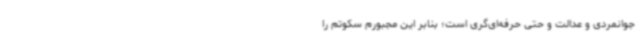
جوانمردی و عدالت و حتی حرفه‌ای‌گری است؛ بنابر این مجبورم سکوتم را